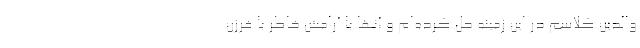
والدین کلاسم در این زمینه حل کرده‌ام و آنها با آرامش خاطر با فرزن